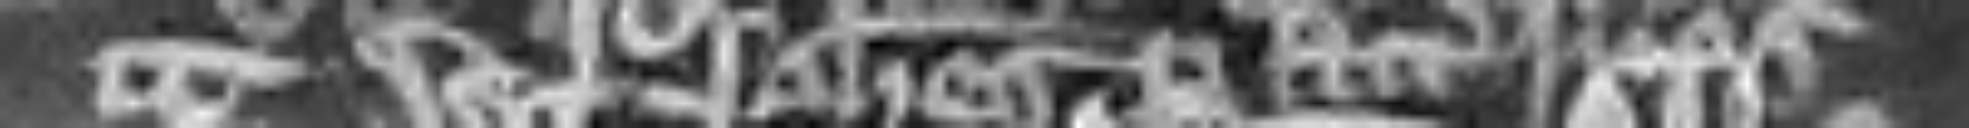
Johannes per attornatos suos